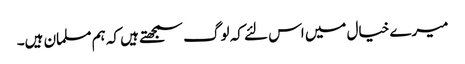
میرے خیال میں اس لئے کہ لوگ سمجھتے ہیں کہ ہم مسلمان ہیں۔